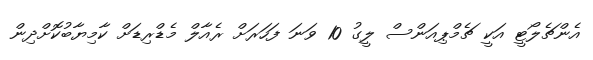
އެންޗެލޯޓީ އަކީ ޗެމްޕިއަންސް ލީގު 10 ވަނަ ފަހަރަށް ރެއާލް މެޑްރިޑަށް ކާމިޔާބުކޮށްދިން